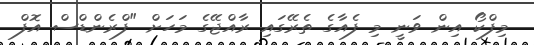
މިފްކޯ އިން ވަނީ މި ފެއާގެ ތެރޭގައި ރާއްޖޭގެ މަހަށް "ފްރެންޑްސް އޮފް